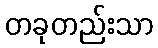
တခုတည်းသာ